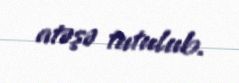
atəşə tutulub.